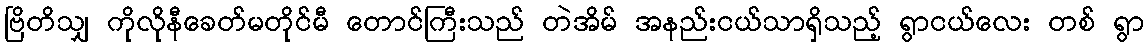
ဗြိတိသျှ ကိုလိုနီခေတ်မတိုင်မီ တောင်ကြီးသည် တဲအိမ် အနည်းငယ်သာရှိသည့် ရွာငယ်လေး တစ် ရွာ